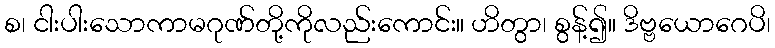
စ၊ ငါးပါးသောကာမဂုဏ်တို့ကိုလည်းကောင်း။ ဟိတွာ၊ စွန့်၍။ ဒိဗ္ဗယောဂေပိ၊